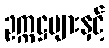
ဥက္ကဋ္ဌများနှင့်